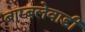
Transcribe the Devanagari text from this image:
बाम्बलेवाडी